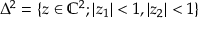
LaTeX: \Delta ^ { 2 } = \{ z \in \mathbb { C } ^ { 2 } ; | z _ { 1 } | < 1 , | z _ { 2 } | < 1 \}